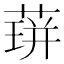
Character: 䔊